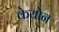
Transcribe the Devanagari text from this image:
केयोन